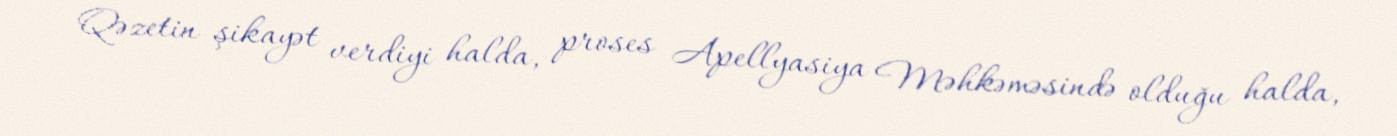
Qəzetin şikayət verdiyi halda, proses Apellyasiya Məhkəməsində olduğu halda,